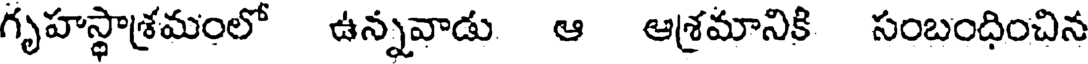
గృహస్థాశ్రమంలో ఉన్నవాడు ఆ ఆశ్రమానికి సంబంధించిన